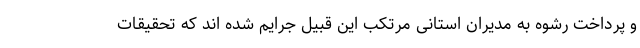
و پرداخت رشوه به مدیران استانی مرتکب این قبیل جرایم شده اند که تحقیقات